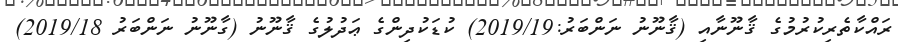
ރައްކާތެރިކުރުމުގެ ޤާނޫނާއި (ޤާނޫނު ނަންބަރު:2019/19) ކުޑަކުދިންގެ ޢަދުލުގެ ޤާނޫނު (ގާނޫނު ނަންބަރު 2019/18)